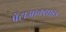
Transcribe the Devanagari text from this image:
पेंटाआक्साइड